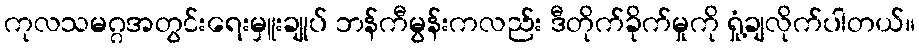
ကုလသမဂ္ဂအတွင်းရေးမှူးချုပ် ဘန်ကီမွန်းကလည်း ဒီတိုက်ခိုက်မှုကို ရှုံ့ချလိုက်ပါတယ်။